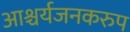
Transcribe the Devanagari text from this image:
आश्चर्यजनकरुप